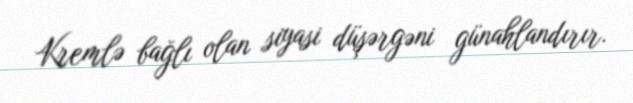
Kremlə bağlı olan siyasi düşərgəni günahlandırır.